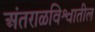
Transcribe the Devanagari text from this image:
अंतराळविश्वातील